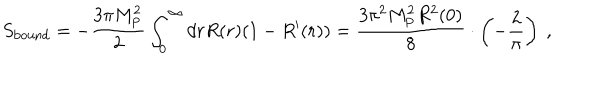
S _ { \mathrm { b o u n d } } = - { \frac { 3 \pi M _ { \mathrm { P } } ^ { 2 } } { 2 } } \int _ { 0 } ^ { \infty } d r R ( r ) ( 1 - R ^ { \prime } ( r ) ) = { \frac { 3 \pi ^ { 2 } M _ { \mathrm { P } } ^ { 2 } R ^ { 2 } ( 0 ) } { 8 } } \cdot \left( - { \frac { 2 } { \pi } } \right) \ ,